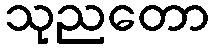
သုညတော